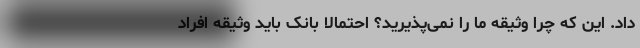
داد. این که چرا وثیقه ما را نمی‌پذیرید؟ احتمالاً بانک باید وثیقه افراد